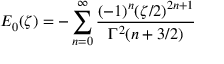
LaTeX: E _ { 0 } ( \zeta ) = - \sum _ { n = 0 } ^ { \infty } \frac { ( - 1 ) ^ { n } ( \zeta / 2 ) ^ { 2 n + 1 } } { \Gamma ^ { 2 } ( n + 3 / 2 ) }